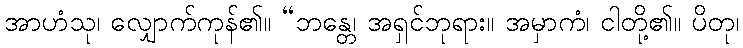
အာဟံသု၊ လျှောက်ကုန်၏။ “ဘန္တေ၊ အရှင်ဘုရား။ အမှာကံ၊ ငါတို့၏။ ပိတု၊